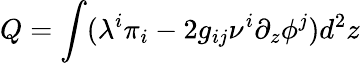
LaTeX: Q=\int(\lambda^{i}\pi_{i}-2g_{ij}\nu^{i}\partial_{z}\phi^{j})d^{2}z